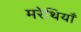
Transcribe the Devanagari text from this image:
मरेथियाँ